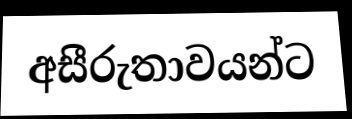
අසීරුතාවයන්ට